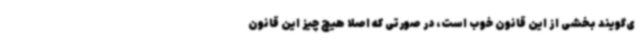
ی‌گویند بخشی از این قانون خوب است، در صورتی که اصلا هیچ چیز این قانون